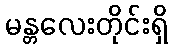
မန္တလေးတိုင်းရှိ